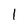
Character: 1